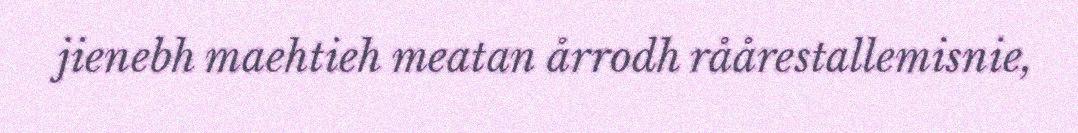
jienebh maehtieh meatan årrodh råårestallemisnie,